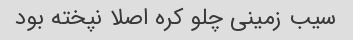
سیب زمینی چلو کره اصلا نپخته بود